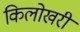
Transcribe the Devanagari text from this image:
किलोखरी